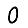
Digit: 0